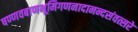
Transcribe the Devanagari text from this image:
षण्णवबाणभूमिगणनादानन्दसंवत्सरे